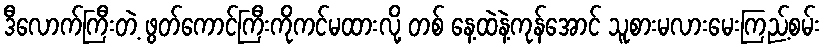
ဒီလောက်ကြီးတဲ့ ဖွတ်ကောင်ကြီးကိုကင်မထားလို့ တစ် နေ့ထဲနဲ့ကုန်အောင် သူစားမလားမေးကြည့်စမ်း